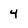
Character: 4